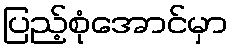
ပြည့်စုံအောင်မှာ